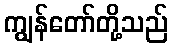
ကျွန်တော်တို့သည်